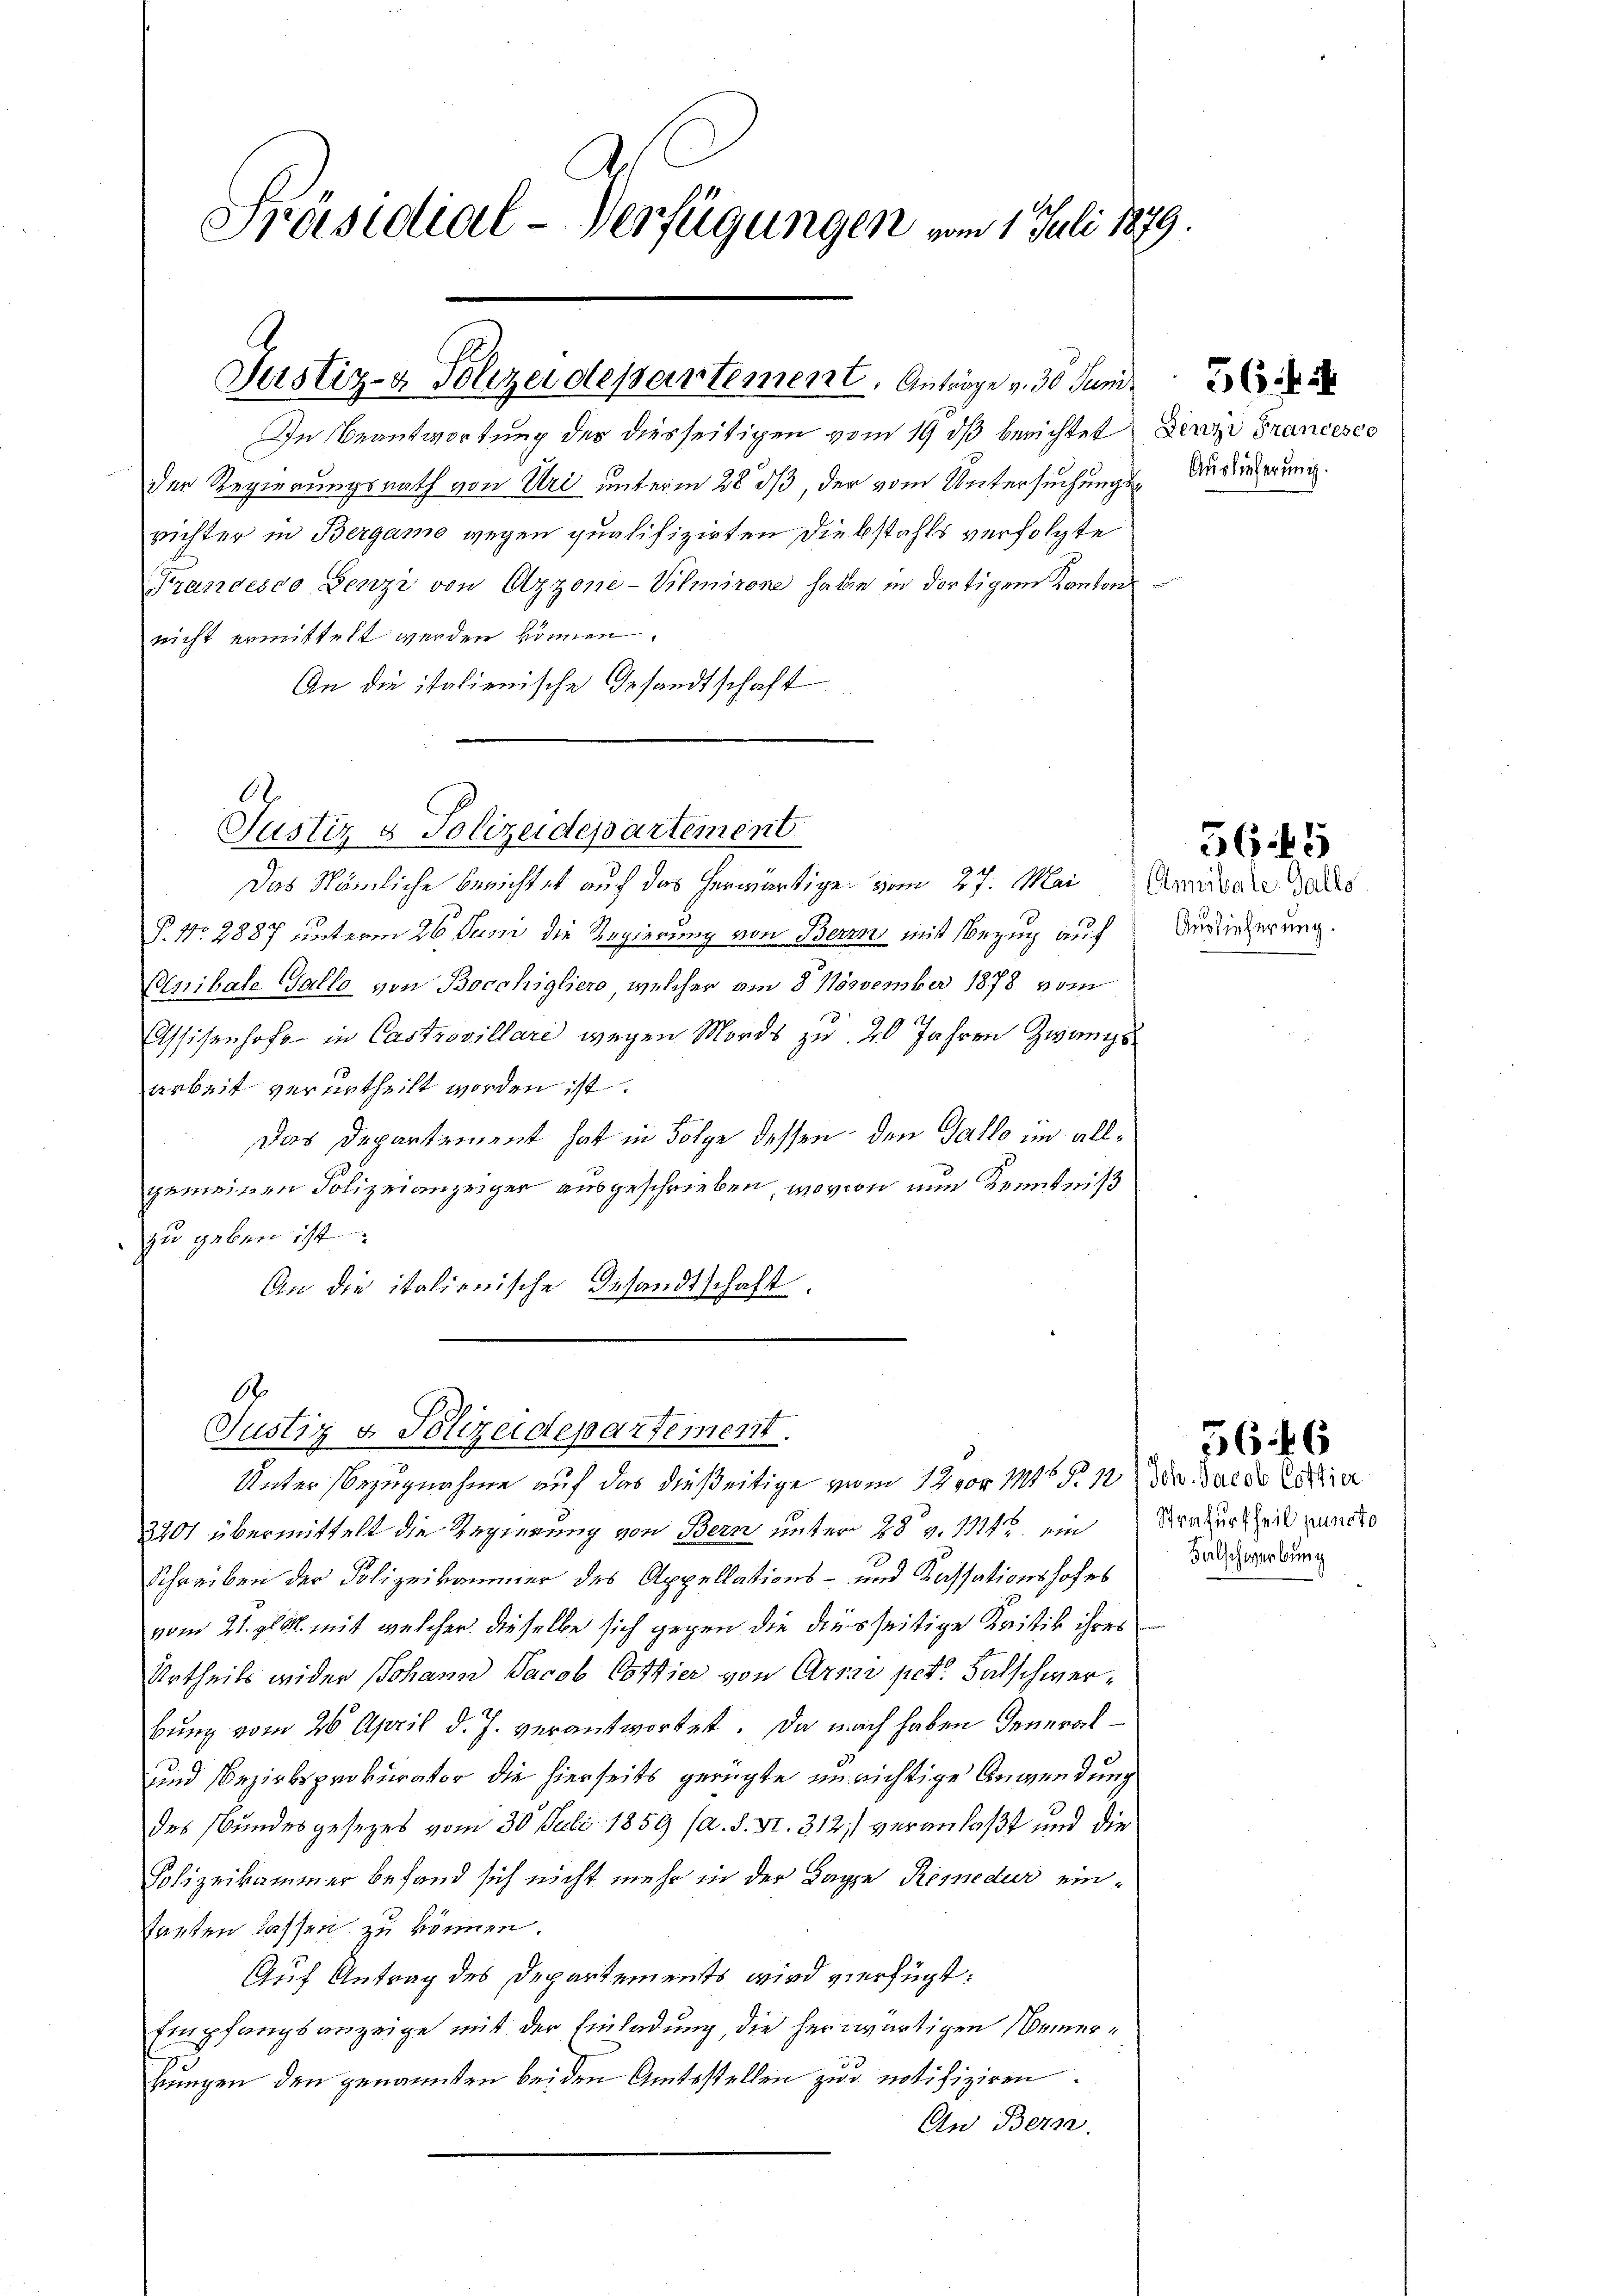
Präsidial-Verfügungen vom 1. Juli 1879.

Justiz- & Polizeidepartement. Anträge v. 30 Juni

Justiz & Polizeidepartement

6
Justiz & Polizeidepartement.

In Beantwortung der diesseitigen vom 19. dβ berichtet
Der Regierungsrath von Uri unterm 28 dß, der vom Untersuchungs-Ausiederung.
richter in Bergamo gegen qualifizirten Diebstahls verfolgte
Francesco Benzi von Azzone-Vilmirone habe in dortigem Kantons
nicht ermittelt werden können.
An die italienische Gesandtschaft

Das Nämliche berichtet auf das herwärtige vom 27. Mai Ambare Teils
P. No 2887 unterm 26. Juni die Regierung von Bern mit Bezug auf
Cnibale Gallo von Bocchigliers, welcher am 8. November 1878 vom
Assisenhofe in Castrovillare wegen Mords zu 20 Jahren Zwangsarbeit verurtheilt worden ist.
Das Departement hat in Folge dessen den Galle im allgemeinen Polizeianzeiger ausgeschrieben, wovon nun Kenntniß
zu geben ist
An die italienische Gesandtschaft.
Unter Bezugnahme auf das dießeitige vom 12 vor. Mts. S. 12) Der Garde Certie
3701 übermittelt die Regierung von Bern unter 28 v. Mtt. ein Krafurtheil puncte
Schreiben der Polizeikommer des Appellations- und Kassationshofes
vom 21. gl. M. mit welcher dieselbe sich gegen die diesseitige Kritik ihrer
Urtheils wider Johann Jacob Cottier von Arres pct. Falschwerbung vom 26. April d. J. verantwortet. Da nach haben General¬
und Bezirksprokurator die hierseits gerügte unrichtige Anwendung
des Bundesgesetzes vom 30. Juli 1859 (a. S. Nr. 312 veranlaßt und die
Polizeikammer befand sich nicht mehr in der Tage Remedur eintarten lassen zu können.
Auf Antrag des Departements wird verfügt:
Empfangsanzeige mit der Einladung, die herwärtigen Bemerbungen den genannten beiden Amtsstellen zur notifiziren
An Bern.

Benzi Francesco

56 f 2

5645

Auslieferung.

Falschwerbung

3646